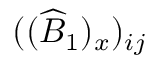
( ( \widehat { B } _ { 1 } ) _ { x } ) _ { i j }